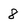
Character: 8